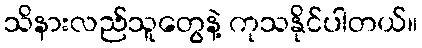
သိနားလည်သူတွေနဲ့ ကုသနိုင်ပါတယ်။